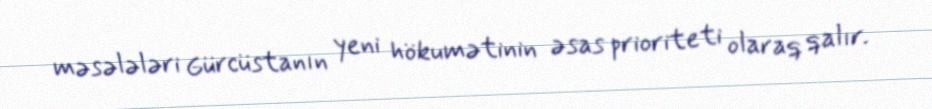
məsələləri Gürcüstanın yeni hökumətinin əsas prioriteti olaraq qalır.